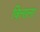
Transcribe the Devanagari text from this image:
विलाला